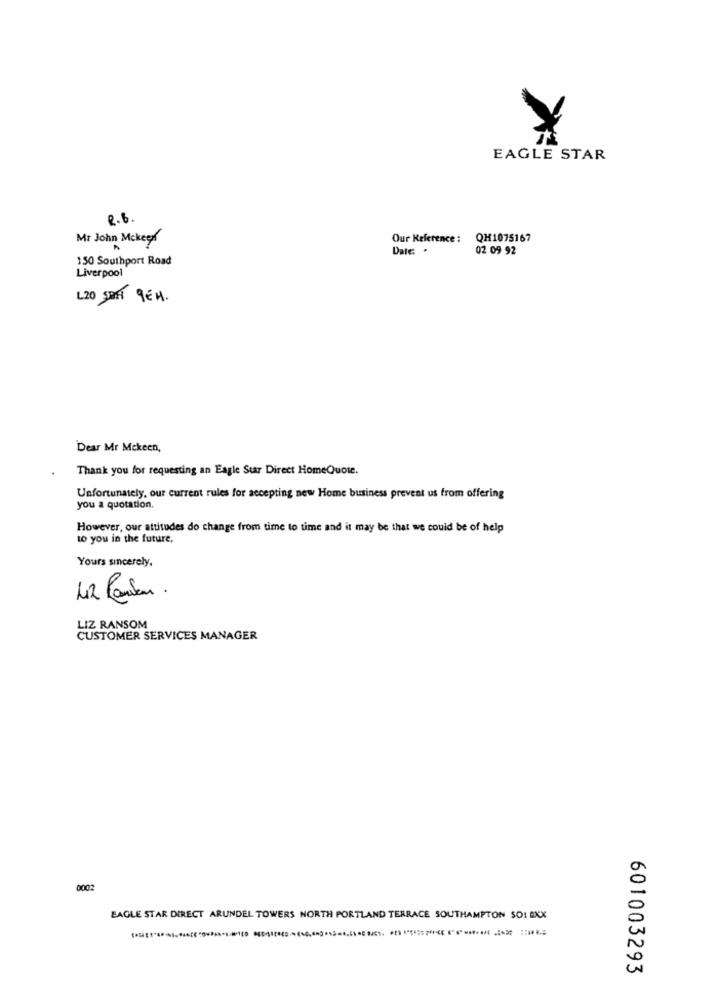
EAGLE STAR
e.b.
Mr John Mckeer
Our Reference : QH1075167
Date: .
02 09 92
150 Southport Road
Liverpool
L20 SAINT 9EH.
Dear Mr Mekeen,
Thank you for requesting an Eagle Sur Direct HomeQuote.
Unfortunately, our current rules for accepting new Home business prevent us from offering
you a quotation.
However, our attitudes do change from time to time and it may be that we could be of help
to you in the future.
Yours sincerely,
LIZ RANSOM
CUSTOMER SERVICES MANAGER
0002
EAGLE STAR DIRECT ARUNDEL TOWERS NORTH PORTLAND TERRACE SOUTHAMPTON SO! AXX
601003293